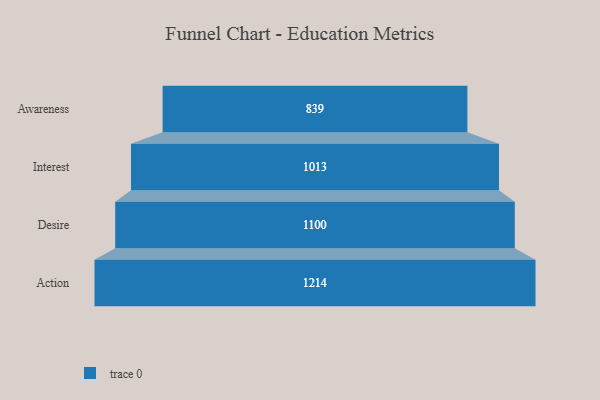
{"axis": {"x": "Stage", "y": "Value"}, "legend": [""], "data": [{"x": "Awareness", "y": 839.0, "type": ""}, {"x": "Interest", "y": 1013.0, "type": ""}, {"x": "Desire", "y": 1100.0, "type": ""}, {"x": "Action", "y": 1214.0, "type": ""}]}